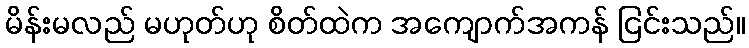
မိန်းမလည် မဟုတ်ဟု စိတ်ထဲက အကျောက်အကန် ငြင်းသည်။